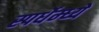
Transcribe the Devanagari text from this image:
स्पर्धेम्ध्ये